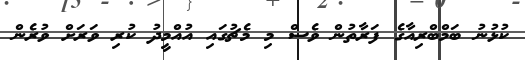
ކުޅުނު ބަމްބްރިއާގެ ފަރާތުން ވެސް މި މެޗުގައި އުއްމީދު ކުރި ވަރަށް ވުރެން